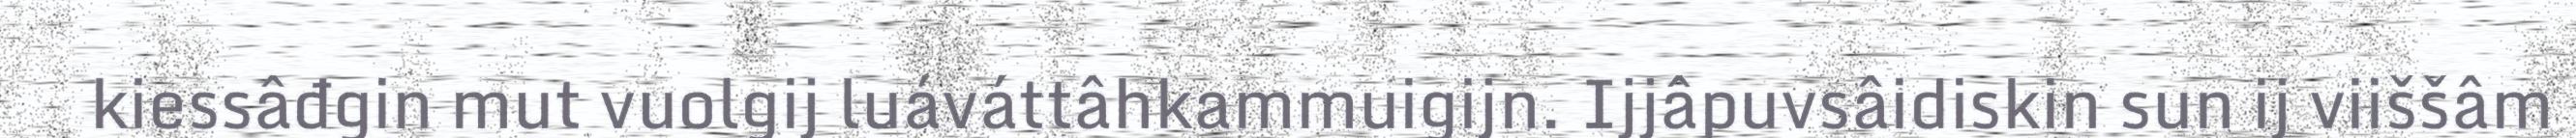
kiessâđgin mut vuolgij luáváttâhkammuigijn. Ijjâpuvsâidiskin sun ij viiššâm